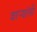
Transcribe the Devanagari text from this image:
वाऱ्यांनी